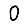
Digit: 0